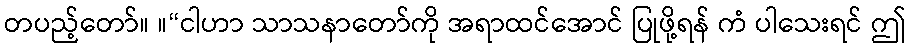
တပည့်တော်။ ။“ငါဟာ သာသနာတော်ကို အရာထင်အောင် ပြုဖို့ရန် ကံ ပါသေးရင် ဤ